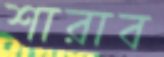
শারাব